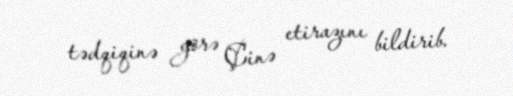
tədqiqinə görə Çinə etirazını bildirib.